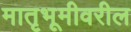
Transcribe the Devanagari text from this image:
मातृभूमीवरील